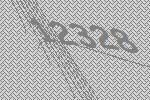
12328